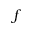
f